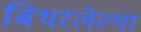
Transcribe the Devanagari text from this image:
बिथरलेल्या